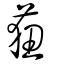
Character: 莥